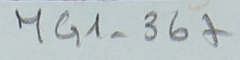
MG1-367